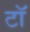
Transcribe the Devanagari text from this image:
टॉ